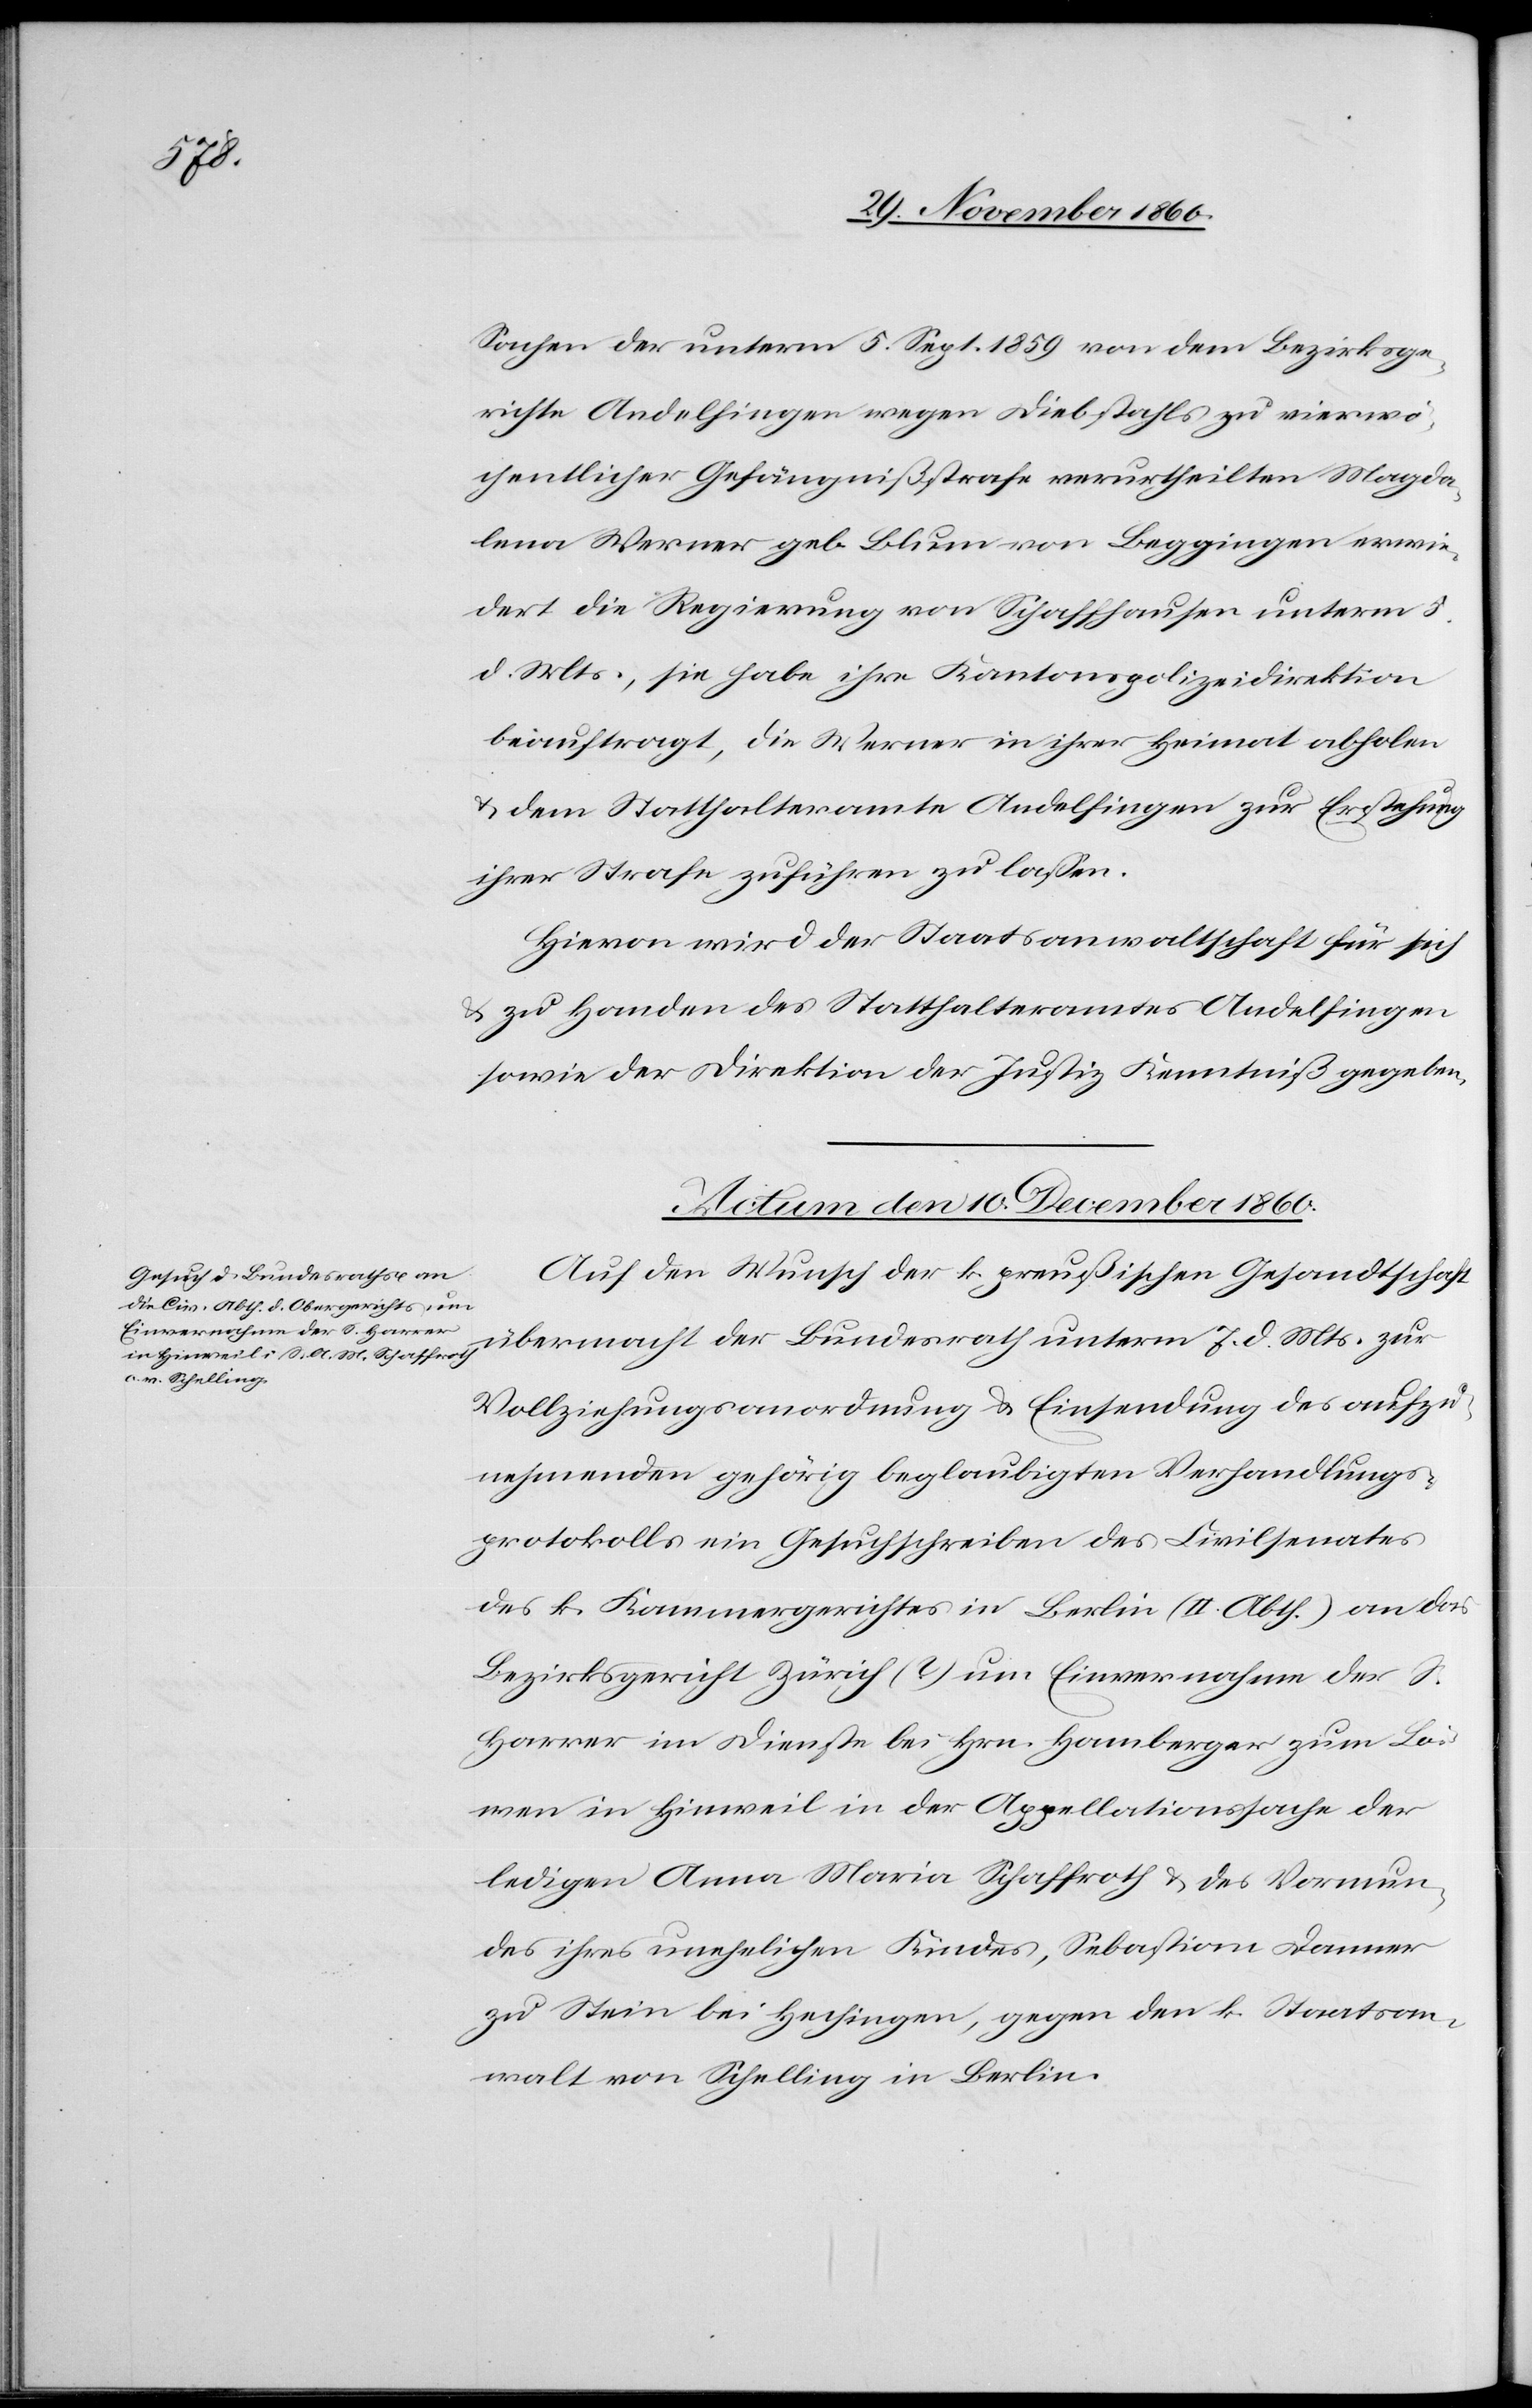
Sachen der unterm 5. Sept. 1859 von dem Bezirksge¬
richte Andelfingen wegen Diebstahls zu vierwö¬
chentlicher Gefängnißstrafe verurtheilten Magda¬
lena Werner geb. Blum von Beggingen erwie¬
dert die Regierung von Schaffhausen unterm 5.
d. Mts., sie habe ihre Kantonspolizeidirektion
beauftragt, die Werner in ihrer Heimat abholen
u. dem Statthalteramte Andelfingen zur Erstehung
ihrer Strafe zuführen zu lassen.
Hievon wird der Staatsanwaltschaft für sich
u. zu Handen des Statthalteramtes Andelfingen
sowie der Direktion der Justiz Kenntniß gegeben.
Actum den 10. December 1860.
Auf den Wunsch der k. preußischen Gesandtschaft
übermacht der Bundesrath unterm 7. d. Mts. zur
Vollziehungsanordnung u. Einsendung des aufzu¬
nehmenden gehörig beglaubigten Verhandlungs¬
protokolls ein Gesuchschreiben des Civilsenates
des k. Kammergerichtes in Berlin (II. Abth.) an das
Bezirksgericht Zürich (?) um Einvernahme des S.
Harrer im Dienste bei Hrn. Homberger zum Lö¬
wen in Hinweil in der Appellationssache der
ledigen Anna Maria Schaffroth u. des Vormun¬
des ihres unehelichen Kindes, Sebastian Danner
zu Stein bei Hechingen, gegen den k. Staatsan¬
walt von Schelling in Berlin.